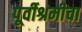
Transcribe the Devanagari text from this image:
पूर्वीश्रमीचा